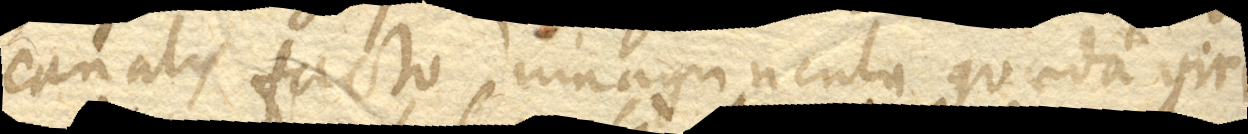
canalis facto imaguncula quaedam viri